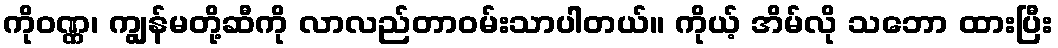
ကိုဝဏ္ဏ၊ ကျွန်မတို့ဆီကို လာလည်တာဝမ်းသာပါတယ်။ ကိုယ့် အိမ်လို သဘော ထားပြီး